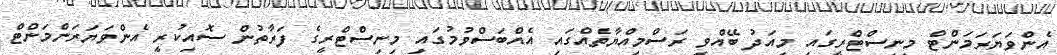
އެންވަޔަރަމަންޓް މިނިސްޓްރީގައި މިއަދު ބޭއްވި ރަސްމިއްޔާތެއްގައި އެއްބަސްވުމުގައި މިނިސްޓްރީގެ ފަރާތުން ސޮއިކުރީ އެންވަޔަރަންމަންޓް